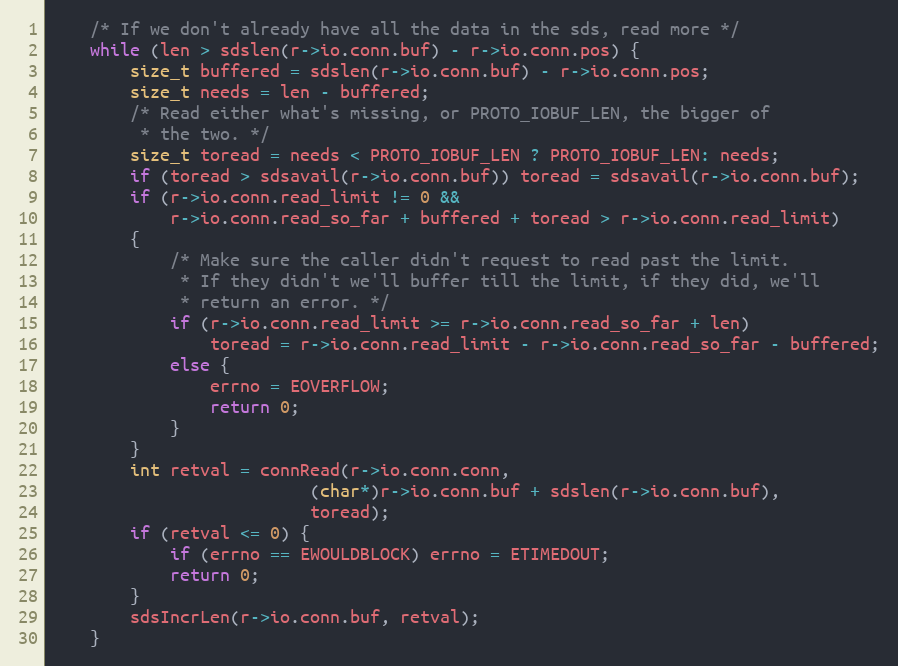
Language: C
    /* If we don't already have all the data in the sds, read more */
    while (len > sdslen(r->io.conn.buf) - r->io.conn.pos) {
        size_t buffered = sdslen(r->io.conn.buf) - r->io.conn.pos;
        size_t needs = len - buffered;
        /* Read either what's missing, or PROTO_IOBUF_LEN, the bigger of
         * the two. */
        size_t toread = needs < PROTO_IOBUF_LEN ? PROTO_IOBUF_LEN: needs;
        if (toread > sdsavail(r->io.conn.buf)) toread = sdsavail(r->io.conn.buf);
        if (r->io.conn.read_limit != 0 &&
            r->io.conn.read_so_far + buffered + toread > r->io.conn.read_limit)
        {
            /* Make sure the caller didn't request to read past the limit.
             * If they didn't we'll buffer till the limit, if they did, we'll
             * return an error. */
            if (r->io.conn.read_limit >= r->io.conn.read_so_far + len)
                toread = r->io.conn.read_limit - r->io.conn.read_so_far - buffered;
            else {
                errno = EOVERFLOW;
                return 0;
            }
        }
        int retval = connRead(r->io.conn.conn,
                          (char*)r->io.conn.buf + sdslen(r->io.conn.buf),
                          toread);
        if (retval <= 0) {
            if (errno == EWOULDBLOCK) errno = ETIMEDOUT;
            return 0;
        }
        sdsIncrLen(r->io.conn.buf, retval);
    }